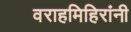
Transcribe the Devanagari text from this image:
वराहमिहिरांनी